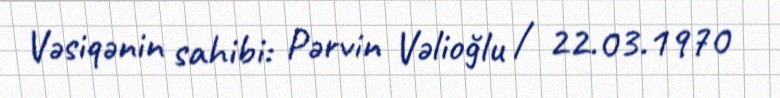
Vəsiqənin sahibi: Pərvin Vəlioğlu / 22.03.1970